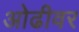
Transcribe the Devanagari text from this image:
ओढीवर